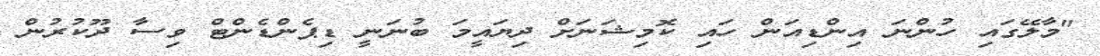
"މާލޭގައި ހުންނަ އިންޑިއަން ހައި ކޮމިޝަނަށް ދިޔައީމަ ބުނަނީ ޑިޕެންޑެންޓް ވިސާ ދޫކުރުން